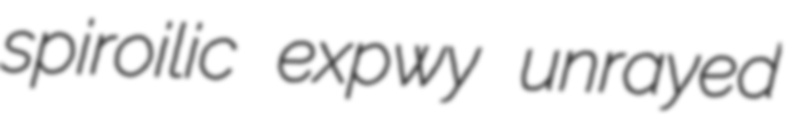
spiroilic expwy unrayed